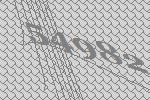
54982